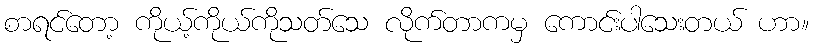
စာရင်တော့ ကိုယ့်ကိုယ်ကိုသတ်သေ လိုက်တာကမှ ကောင်းပါသေးတယ် ဟာ။